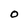
Character: O